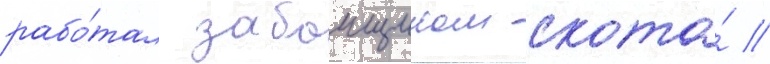
рабо́тал забоищиком скота́ //